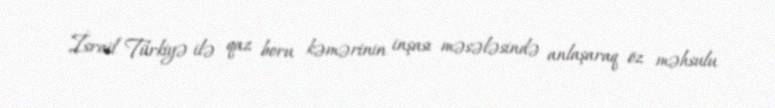
İsrail Türkiyə ilə qaz boru kəmərinin inşası məsələsində anlaşaraq öz məhsulu